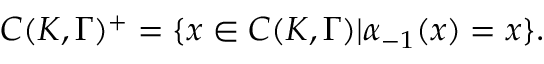
{ \cal C } ( { \cal K } , \Gamma ) ^ { + } = \{ x \in { \cal C } ( { \cal K } , \Gamma ) | \alpha _ { - 1 } ( x ) = x \} .